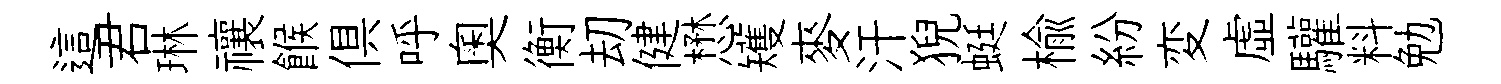
這君琳禳餱俱呼奥衡刧健懋矱麥汗猊蜓榆紛変虚驩料勉